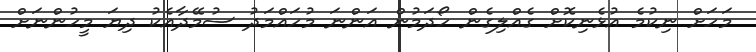
މަހަށް ނިކުމެ އުޅެނިކޮށް ގެއްލިގެން ހޯދަމުން އަންނަ މުހައްމަދު ސުމޭދާއެކު ދިޔަ މީހުންނަށް